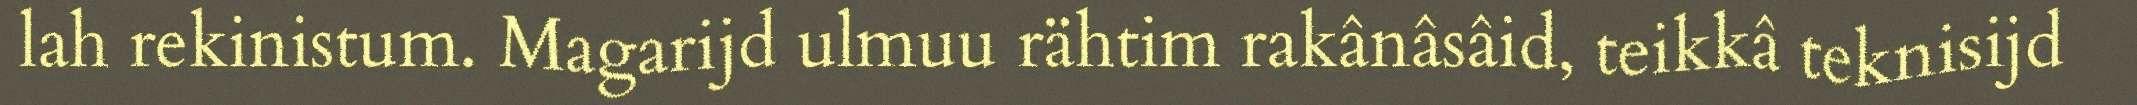
lah rekinistum. Magarijd ulmuu rähtim rakânâsâid, teikkâ teknisijd